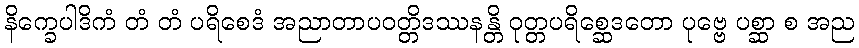
နိက္ခေပါဒိကံ တံ တံ ပရိစေဒံ အညာတာပဝတ္တိဒဿနန္တိ ဝုတ္တပရိစ္ဆေဒတော ပုဗ္ဗေ ပစ္ဆာ စ အည